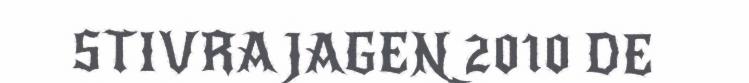
STIVRA JAGEN 2010 DE